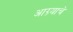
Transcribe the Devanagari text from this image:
आग्र्याचे